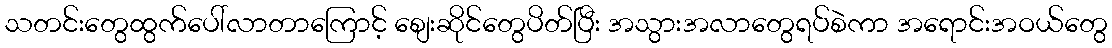
သတင်းတွေထွက်ပေါ်လာတာကြောင့် စျေးဆိုင်တွေပိတ်ပြီး အသွားအလာတွေရပ်စဲကာ အရောင်းအဝယ်တွေ